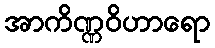
အာကိဏ္ဏဝိဟာရော